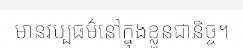
មានវប្បធម៌នៅក្នុងខ្លួនជានិច្ច។